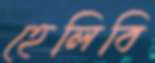
হেলিবি